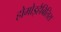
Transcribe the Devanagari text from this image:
होमोइहैबिलिस